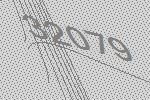
32079